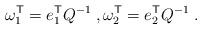
LaTeX: \begin{align*}\omega_1^{\sf T} = e_1^{\sf T} Q^{-1} \;, \omega_2^{\sf T} = e_2^{\sf T} Q^{-1} \;.\end{align*}